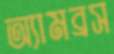
অ্যামব্রস